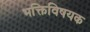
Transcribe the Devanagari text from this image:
भक्तिविषयक